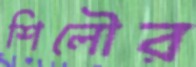
শিলৌর